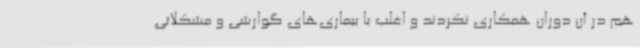
هم در آن دوران همکاری نکردند و اغلب با بیماری‌های گوارشی و مشکلاتی